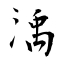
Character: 渪